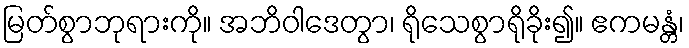
မြတ်စွာဘုရားကို။ အဘိဝါဒေတွာ၊ ရိုသေစွာရိုခိုး၍။ ဧကမန္တံ၊